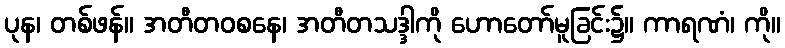
ပုန၊ တစ်ဖန်။ အတီတဝစနေ၊ အတီတသဒ္ဒါကို ဟောတော်မူခြင်း၌။ ကာရဏံ၊ ကို။